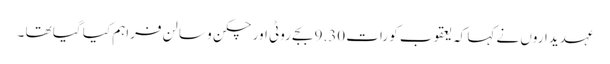
عہدیداروں نے کہا کہ یعقوب کو رات 9.30 بجے روٹی اور چکن و سالن فراہم کیا گیا تھا ۔